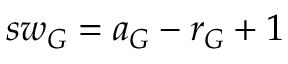
s w _ { G } = a _ { G } - r _ { G } + 1